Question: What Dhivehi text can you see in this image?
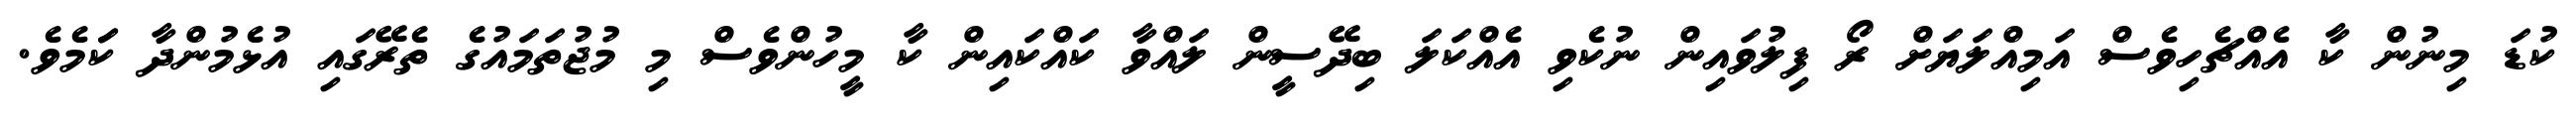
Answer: ކުޑަ މިނުން ކާ އެއްޗެހިވެސް އަމިއްލަޔަށް ރޯ ފިލުވައިން ނުކެވި އެއްކަލަ ބިދޭސީން ލައްވާ ކައްކައިން ކާ މީހުންވެސް މި މުޖުތަމައުގެ ތެރޭގައި އުޅެމުންދާ ކަަމެވެ.